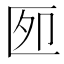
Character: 𰅫